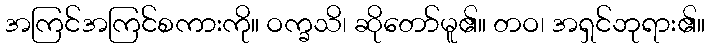
အကြင်အကြင်စကားကို။ ဝက္ခသိ၊ ဆိုတော်မူ၏။ တဝ၊ အရှင်ဘုရား၏။